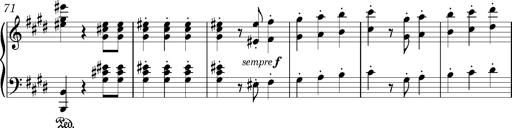
Title: Valses oubliÃ©es
Composer: Franz Liszt